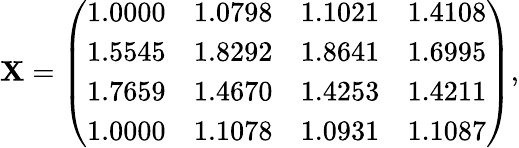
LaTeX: \mathbf{X}=\left(\begin{array}{cccc}{1.0000}&{1.0798}&{1.1021}&{1.4108}\\ {1.5545}&{1.8292}&{1.8641}&{1.6995}\\ {1.7659}&{1.4670}&{1.4253}&{1.4211}\\ {1.0000}&{1.1078}&{1.0931}&{1.1087}\end{array}\right),